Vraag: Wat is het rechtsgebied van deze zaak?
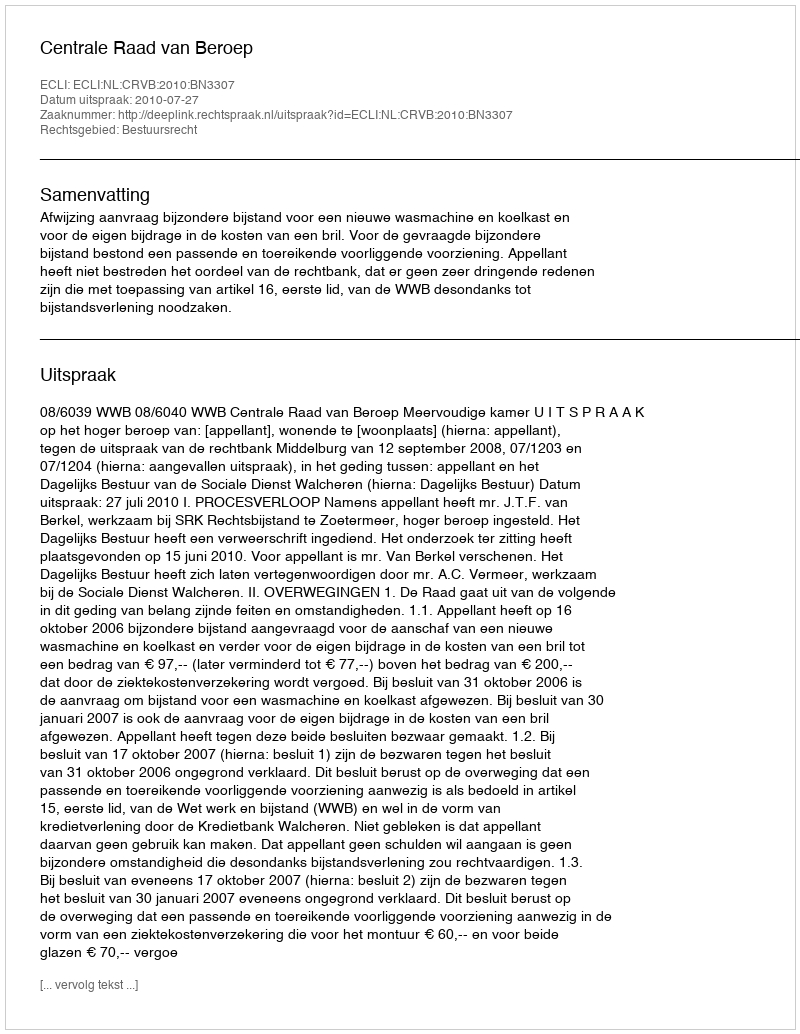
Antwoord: Bestuursrecht